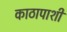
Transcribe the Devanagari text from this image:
काठापाशी